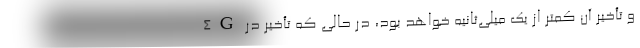
و تأخیر آن کمتر از یک میلی‌ثانیه خواهد بود، در حالی که تأخیر در 4G